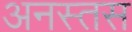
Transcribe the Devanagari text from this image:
अनस्तस